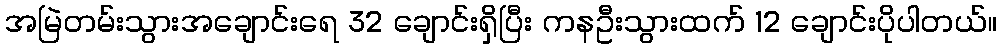
အမြဲတမ်းသွားအချောင်းရေ 32 ချောင်းရှိပြီး ကနဦးသွားထက် 12 ချောင်းပိုပါတယ်။